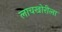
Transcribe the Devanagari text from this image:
लाचखोरीला